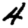
Digit: 4